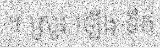
។ ស្រូវ ឡើង ទឹក